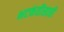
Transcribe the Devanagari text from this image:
भटकंतीसाठी